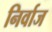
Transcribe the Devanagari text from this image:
निर्वाज